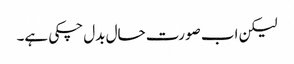
لیکن اب صورت حال بدل چکی ہے۔